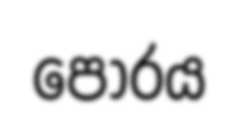
පොරය